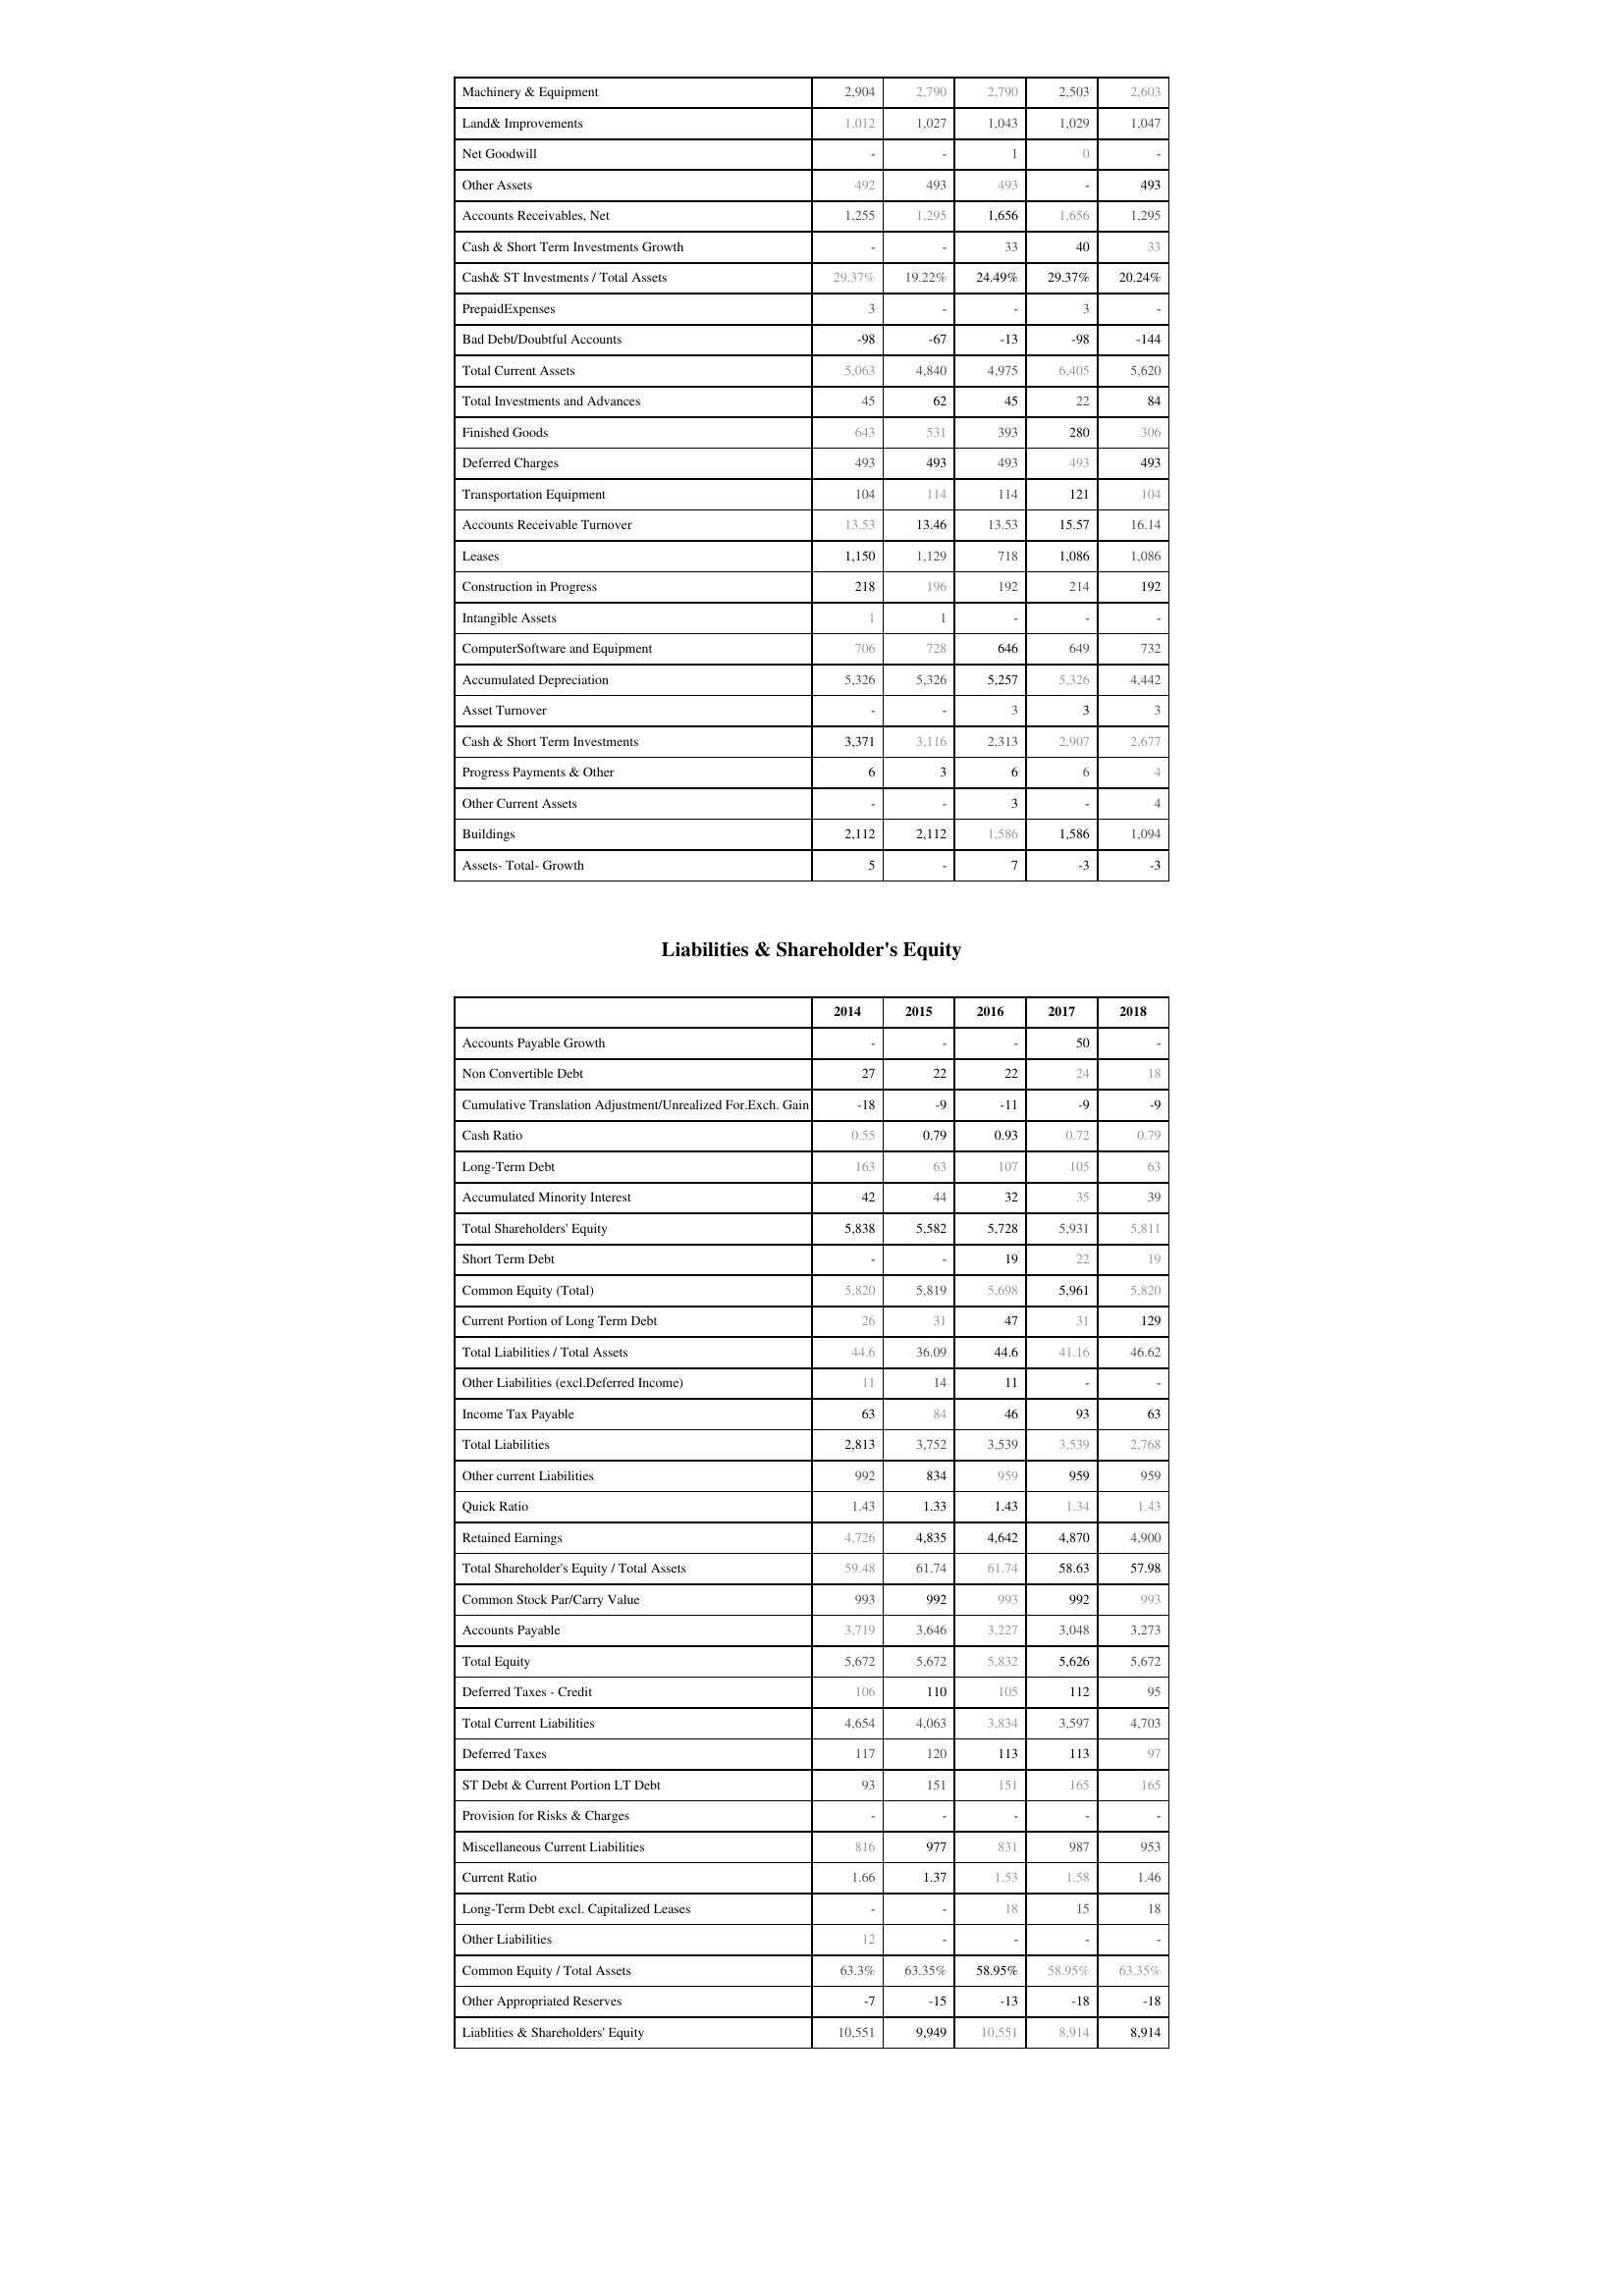
2014: Assets: Machinery & Equipment: 2,904
Land& Improvements: 1,012
Net Goodwill: -
Other Assets: 492
Accounts Receivables, Net: 1,255
Cash & Short Term Investments Growth: -
Cash& ST Investments / Total Assets: 29.37%
PrepaidExpenses: 3
Bad Debt/Doubtful Accounts: -98
Total Current Assets: 5,063
Total Investments and Advances: 45
Finished Goods: 643
Deferred Charges: 493
Transportation Equipment: 104
Accounts Receivable Turnover: 13.53
Leases: 1,150
Construction in Progress: 218
Intangible Assets: 1
ComputerSoftware and Equipment: 706
Accumulated Depreciation: 5,326
Asset Turnover: -
Cash & Short Term Investments: 3,371
Progress Payments & Other: 6
Other Current Assets: -
Buildings: 2,112
Assets- Total- Growth: 5
Liabilities & Shareholder's Equity: Accounts Payable Growth: -
Non Convertible Debt: 27
Cumulative Translation Adjustment/Unrealized For.Exch. Gain: -18
Cash Ratio: 0.55
Long-Term Debt: 163
Accumulated Minority Interest: 42
Total Shareholders' Equity: 5,838
Short Term Debt: -
Common Equity (Total): 5,820
Current Portion of Long Term Debt: 26
Total Liabilities / Total Assets: 44.6
Other Liabilities (excl.Deferred Income): 11
Income Tax Payable: 63
Total Liabilities: 2,813
Other current Liabilities: 992
Quick Ratio: 1.43
Retained Earnings: 4,726
Total Shareholder's Equity / Total Assets: 59.48
Common Stock Par/Carry Value: 993
Accounts Payable: 3,719
Total Equity: 5,672
Deferred Taxes - Credit: 106
Total Current Liabilities: 4,654
Deferred Taxes: 117
ST Debt & Current Portion LT Debt: 93
Provision for Risks & Charges: -
Miscellaneous Current Liabilities: 816
Current Ratio: 1.66
Long-Term Debt excl. Capitalized Leases: -
Other Liabilities: 12
Common Equity / Total Assets: 63.3%
Other Appropriated Reserves: -7
Liablities & Shareholders' Equity: 10,551
2015: Assets: Machinery & Equipment: 2,790
Land& Improvements: 1,027
Net Goodwill: -
Other Assets: 493
Accounts Receivables, Net: 1,295
Cash & Short Term Investments Growth: -
Cash& ST Investments / Total Assets: 19.22%
PrepaidExpenses: -
Bad Debt/Doubtful Accounts: -67
Total Current Assets: 4,840
Total Investments and Advances: 62
Finished Goods: 531
Deferred Charges: 493
Transportation Equipment: 114
Accounts Receivable Turnover: 13.46
Leases: 1,129
Construction in Progress: 196
Intangible Assets: 1
ComputerSoftware and Equipment: 728
Accumulated Depreciation: 5,326
Asset Turnover: -
Cash & Short Term Investments: 3,116
Progress Payments & Other: 3
Other Current Assets: -
Buildings: 2,112
Assets- Total- Growth: -
Liabilities & Shareholder's Equity: Accounts Payable Growth: -
Non Convertible Debt: 22
Cumulative Translation Adjustment/Unrealized For.Exch. Gain: -9
Cash Ratio: 0.79
Long-Term Debt: 63
Accumulated Minority Interest: 44
Total Shareholders' Equity: 5,582
Short Term Debt: -
Common Equity (Total): 5,819
Current Portion of Long Term Debt: 31
Total Liabilities / Total Assets: 36.09
Other Liabilities (excl.Deferred Income): 14
Income Tax Payable: 84
Total Liabilities: 3,752
Other current Liabilities: 834
Quick Ratio: 1.33
Retained Earnings: 4,835
Total Shareholder's Equity / Total Assets: 61.74
Common Stock Par/Carry Value: 992
Accounts Payable: 3,646
Total Equity: 5,672
Deferred Taxes - Credit: 110
Total Current Liabilities: 4,063
Deferred Taxes: 120
ST Debt & Current Portion LT Debt: 151
Provision for Risks & Charges: -
Miscellaneous Current Liabilities: 977
Current Ratio: 1.37
Long-Term Debt excl. Capitalized Leases: -
Other Liabilities: -
Common Equity / Total Assets: 63.35%
Other Appropriated Reserves: -15
Liablities & Shareholders' Equity: 9,949
2016: Assets: Machinery & Equipment: 2,790
Land& Improvements: 1,043
Net Goodwill: 1
Other Assets: 493
Accounts Receivables, Net: 1,656
Cash & Short Term Investments Growth: 33
Cash& ST Investments / Total Assets: 24.49%
PrepaidExpenses: -
Bad Debt/Doubtful Accounts: -13
Total Current Assets: 4,975
Total Investments and Advances: 45
Finished Goods: 393
Deferred Charges: 493
Transportation Equipment: 114
Accounts Receivable Turnover: 13.53
Leases: 718
Construction in Progress: 192
Intangible Assets: -
ComputerSoftware and Equipment: 646
Accumulated Depreciation: 5,257
Asset Turnover: 3
Cash & Short Term Investments: 2,313
Progress Payments & Other: 6
Other Current Assets: 3
Buildings: 1,586
Assets- Total- Growth: 7
Liabilities & Shareholder's Equity: Accounts Payable Growth: -
Non Convertible Debt: 22
Cumulative Translation Adjustment/Unrealized For.Exch. Gain: -11
Cash Ratio: 0.93
Long-Term Debt: 107
Accumulated Minority Interest: 32
Total Shareholders' Equity: 5,728
Short Term Debt: 19
Common Equity (Total): 5,698
Current Portion of Long Term Debt: 47
Total Liabilities / Total Assets: 44.6
Other Liabilities (excl.Deferred Income): 11
Income Tax Payable: 46
Total Liabilities: 3,539
Other current Liabilities: 959
Quick Ratio: 1.43
Retained Earnings: 4,642
Total Shareholder's Equity / Total Assets: 61.74
Common Stock Par/Carry Value: 993
Accounts Payable: 3,227
Total Equity: 5,832
Deferred Taxes - Credit: 105
Total Current Liabilities: 3,834
Deferred Taxes: 113
ST Debt & Current Portion LT Debt: 151
Provision for Risks & Charges: -
Miscellaneous Current Liabilities: 831
Current Ratio: 1.53
Long-Term Debt excl. Capitalized Leases: 18
Other Liabilities: -
Common Equity / Total Assets: 58.95%
Other Appropriated Reserves: -13
Liablities & Shareholders' Equity: 10,551
2017: Assets: Machinery & Equipment: 2,503
Land& Improvements: 1,029
Net Goodwill: 0
Other Assets: -
Accounts Receivables, Net: 1,656
Cash & Short Term Investments Growth: 40
Cash& ST Investments / Total Assets: 29.37%
PrepaidExpenses: 3
Bad Debt/Doubtful Accounts: -98
Total Current Assets: 6,405
Total Investments and Advances: 22
Finished Goods: 280
Deferred Charges: 493
Transportation Equipment: 121
Accounts Receivable Turnover: 15.57
Leases: 1,086
Construction in Progress: 214
Intangible Assets: -
ComputerSoftware and Equipment: 649
Accumulated Depreciation: 5,326
Asset Turnover: 3
Cash & Short Term Investments: 2,907
Progress Payments & Other: 6
Other Current Assets: -
Buildings: 1,586
Assets- Total- Growth: -3
Liabilities & Shareholder's Equity: Accounts Payable Growth: 50
Non Convertible Debt: 24
Cumulative Translation Adjustment/Unrealized For.Exch. Gain: -9
Cash Ratio: 0.72
Long-Term Debt: 105
Accumulated Minority Interest: 35
Total Shareholders' Equity: 5,931
Short Term Debt: 22
Common Equity (Total): 5,961
Current Portion of Long Term Debt: 31
Total Liabilities / Total Assets: 41.16
Other Liabilities (excl.Deferred Income): -
Income Tax Payable: 93
Total Liabilities: 3,539
Other current Liabilities: 959
Quick Ratio: 1.34
Retained Earnings: 4,870
Total Shareholder's Equity / Total Assets: 58.63
Common Stock Par/Carry Value: 992
Accounts Payable: 3,048
Total Equity: 5,626
Deferred Taxes - Credit: 112
Total Current Liabilities: 3,597
Deferred Taxes: 113
ST Debt & Current Portion LT Debt: 165
Provision for Risks & Charges: -
Miscellaneous Current Liabilities: 987
Current Ratio: 1.58
Long-Term Debt excl. Capitalized Leases: 15
Other Liabilities: -
Common Equity / Total Assets: 58.95%
Other Appropriated Reserves: -18
Liablities & Shareholders' Equity: 8,914
2018: Assets: Machinery & Equipment: 2,603
Land& Improvements: 1,047
Net Goodwill: -
Other Assets: 493
Accounts Receivables, Net: 1,295
Cash & Short Term Investments Growth: 33
Cash& ST Investments / Total Assets: 20.24%
PrepaidExpenses: -
Bad Debt/Doubtful Accounts: -144
Total Current Assets: 5,620
Total Investments and Advances: 84
Finished Goods: 306
Deferred Charges: 493
Transportation Equipment: 104
Accounts Receivable Turnover: 16.14
Leases: 1,086
Construction in Progress: 192
Intangible Assets: -
ComputerSoftware and Equipment: 732
Accumulated Depreciation: 4,442
Asset Turnover: 3
Cash & Short Term Investments: 2,677
Progress Payments & Other: 4
Other Current Assets: 4
Buildings: 1,094
Assets- Total- Growth: -3
Liabilities & Shareholder's Equity: Accounts Payable Growth: -
Non Convertible Debt: 18
Cumulative Translation Adjustment/Unrealized For.Exch. Gain: -9
Cash Ratio: 0.79
Long-Term Debt: 63
Accumulated Minority Interest: 39
Total Shareholders' Equity: 5,811
Short Term Debt: 19
Common Equity (Total): 5,820
Current Portion of Long Term Debt: 129
Total Liabilities / Total Assets: 46.62
Other Liabilities (excl.Deferred Income): -
Income Tax Payable: 63
Total Liabilities: 2,768
Other current Liabilities: 959
Quick Ratio: 1.43
Retained Earnings: 4,900
Total Shareholder's Equity / Total Assets: 57.98
Common Stock Par/Carry Value: 993
Accounts Payable: 3,273
Total Equity: 5,672
Deferred Taxes - Credit: 95
Total Current Liabilities: 4,703
Deferred Taxes: 97
ST Debt & Current Portion LT Debt: 165
Provision for Risks & Charges: -
Miscellaneous Current Liabilities: 953
Current Ratio: 1.46
Long-Term Debt excl. Capitalized Leases: 18
Other Liabilities: -
Common Equity / Total Assets: 63.35%
Other Appropriated Reserves: -18
Liablities & Shareholders' Equity: 8,914